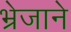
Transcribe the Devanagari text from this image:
भ्रेजाने